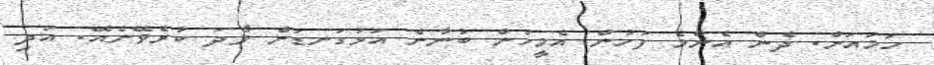
ހަމައަށް. ދެން އެންމެ ފަހުން އެމީހުން ބުނާނެ އަޅުގަނޑަށް ވާދަ ކުރެވޭނެއޭ. އަދި